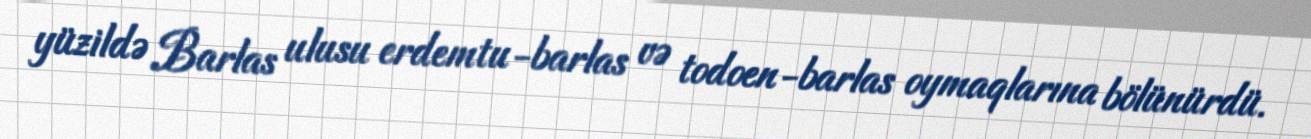
yüzildə Barlas ulusu erdemtu-barlas və todoen-barlas oymaqlarına bölünürdü.